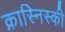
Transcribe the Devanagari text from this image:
क्रास्निस्की